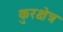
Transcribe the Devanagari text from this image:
कुरक्षेत्र